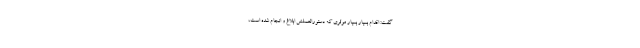
گفت: اقدام بسیار بسیار موثری که دستورالعملش ابلاغ و انجام شده است،